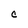
Character: C